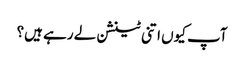
آپ کیوں اتنی ٹینشن لے رہے ہیں؟